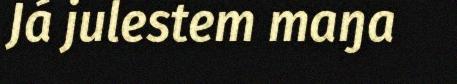
Já julestem maŋa